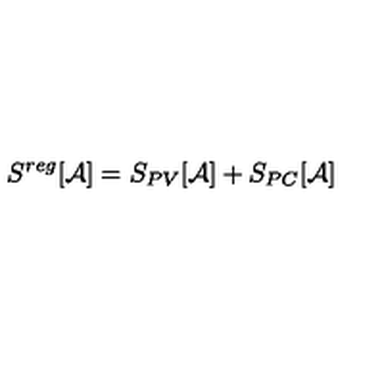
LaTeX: S ^ { r e g } [ { \mathcal A } ] = S _ { P V } [ { \mathcal A } ] + S _ { P C } [ { \mathcal A } ]